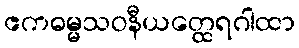
ဧကဓမ္မသဝနီယတ္ထေရဂါထာ